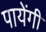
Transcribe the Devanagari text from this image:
पायेंगी